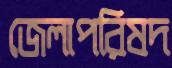
জেলাপরিষদ